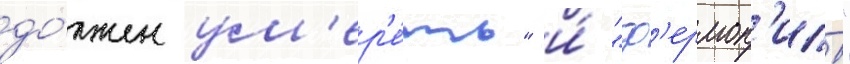
до́лжен ум'ер'е́ть" и́ "ф'ермоп'илы"